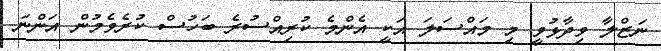
ނަޒްލާ ވިދާޅުވީ މި މައްސަލަ އަކީ އެންމެ ކުރިއްސުރެ ބަހުސް ކުރެވެމުން އަންނަ